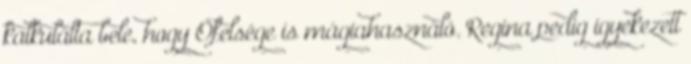
kalkulálta bele, hogy Őfelsége is mágiahasználó. Regina pedig igyekezett